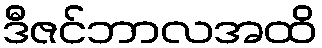
ဒီဇင်ဘာလအထိ